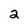
Character: 2